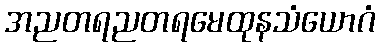
အညတရညတရမေထုနသံယောဂံ